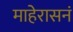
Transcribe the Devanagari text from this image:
माहेरासनं